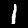
Digit: 1